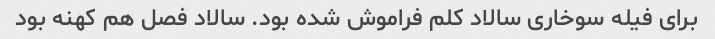
برای فیله سوخاری سالاد کلم فراموش شده بود. سالاد فصل هم کهنه بود